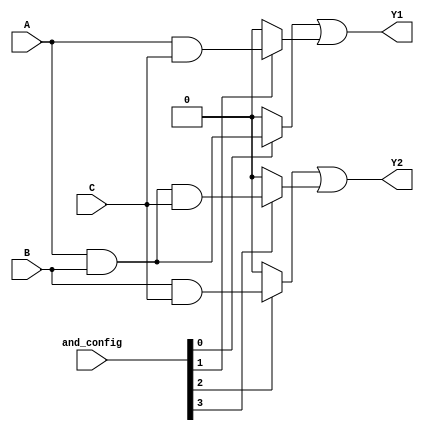
module PAL (
    input wire A,         // Input A
    input wire B,         // Input B
    input wire C,         // Input C
    input wire [3:0] and_config, // Configuration for the AND gates (4 bits)
    output wire Y1,       // Output Y1
    output wire Y2        // Output Y2
);

// Define the programmable AND gates
wire and_out0;
wire and_out1;
wire and_out2;
wire and_out3;

// AND gate implementations
assign and_out0 = (and_config[0]) ? (A & B) : 0; // AND gate 0: A & B
assign and_out1 = (and_config[1]) ? (A & C) : 0; // AND gate 1: A & C
assign and_out2 = (and_config[2]) ? (B & C) : 0; // AND gate 2: B & C
assign and_out3 = (and_config[3]) ? (A & B & C) : 0; // AND gate 3: A & B & C

// Fixed OR array combining outputs of AND gates
assign Y1 = and_out0 | and_out1; // Output Y1 combines AND gates 0 and 1
assign Y2 = and_out2 | and_out3; // Output Y2 combines AND gates 2 and 3

endmodule